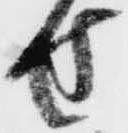
せ